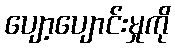
ပျော့ပျောင်းမှုကို